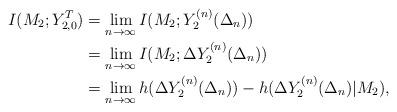
LaTeX: \begin{align*}I(M_2; Y_{2,0}^T) & = \lim_{n \to \infty} I(M_2; Y^{(n)}_{2}(\Delta_n))\\& = \lim_{n \to \infty} I(M_2; \Delta Y^{(n)}_{2}(\Delta_n))\\& = \lim_{n \to \infty} h(\Delta Y^{(n)}_{2}(\Delta_n))-h(\Delta Y^{(n)}_{2}(\Delta_n)|M_2),\end{align*}